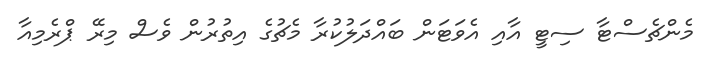
މެންޗެސްޓާ ސިޓީ އާއި އެވަޓަން ބައްދަލުކުރާ މެޗުގެ އިތުރުން ވެސް މިރޭ ޕްރެމިއާ